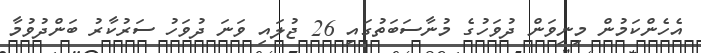
އެހެންކަމުން މިނިވަން ދުވަހުގެ މުނާސަބަތުގައި 26 ޖުލައި ވަނަ ދުވަހު ސަރުކާރު ބަންދުވުމާ